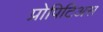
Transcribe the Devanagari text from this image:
प्रोपिटिअस